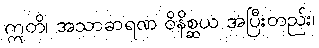
ဣတိ၊ အသာဓာရဏ ဝိနိစ္ဆယ အပြီးတည်း၊